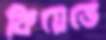
কিয়েভে